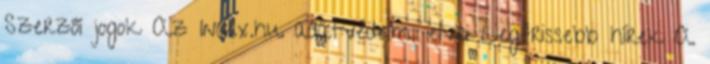
Szerzői jogok Az Index.hu adatvédelmi elvei Legfrissebb hírek A